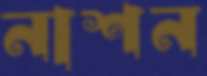
নাশন